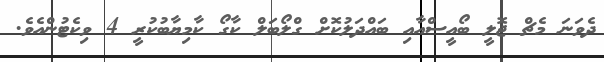
ދެވަނަ މެޗް ޖޮލީ ބޯއީސްއާއި ބައްދަލުކޮށް ގްލޯބަލް ކާގޯ ކާމިޔާބުކުރީ 4 ވިކެޓުންއެވެ.